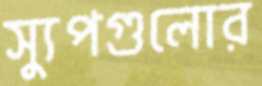
স্যুপগুলোর